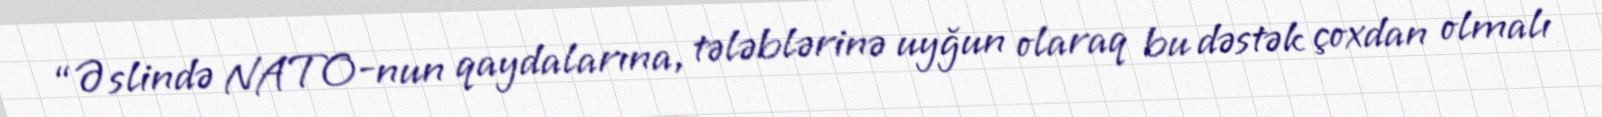
“Əslində NATO-nun qaydalarına, tələblərinə uyğun olaraq bu dəstək çoxdan olmalı